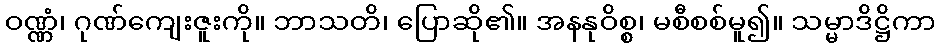
ဝဏ္ဏံ၊ ဂုဏ်ကျေးဇူးကို။ ဘာသတိ၊ ပြောဆို၏။ အနနုဝိစ္စ၊ မစီစစ်မူ၍။ သမ္မာဒိဋ္ဌိကာ